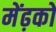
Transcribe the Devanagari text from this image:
मेंढ़को